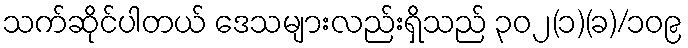
သက်ဆိုင်ပါတယ် ဒေသများလည်းရှိသည် ၃၀၂(၁)(ခ)/၁၀၉